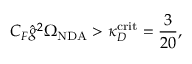
C _ { F } \hat { g } ^ { 2 } \Omega _ { \mathrm { N D A } } > \kappa _ { D } ^ { \mathrm { c r i t } } = \frac { 3 } { 2 0 } ,